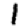
Digit: 1